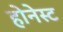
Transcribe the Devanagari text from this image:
होनेस्ट